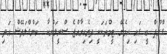
ގްރޫޕް ބީ ގައި ހިމެނޭ ޓީމްތަކަކީ ދިވެހިރާއްޖެ ސްރީލަންކާ  ބަންގްލަދޭޝް އަދި